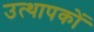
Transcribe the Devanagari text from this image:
उत्थापकों